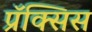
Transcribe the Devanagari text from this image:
प्रॅक्सिस